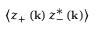
\left\langle z _ { + } \left( \mathbf { k } \right) z _ { - } ^ { * } \left( \mathbf { k } \right) \right\rangle